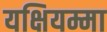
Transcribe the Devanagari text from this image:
यक्षियम्मा